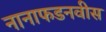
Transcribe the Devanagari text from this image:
नानाफडनवीस